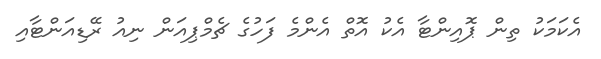
އެކަމަކު ތިން ޕޮއިންޓާ އެކު އޮތް އެންމެ ފަހުގެ ޗެމްޕިއަން ނިއު ރޭޑިއަންޓާއި